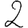
Digit: 2